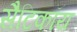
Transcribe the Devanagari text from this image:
सैटिकॉय